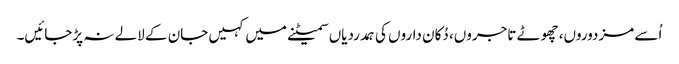
اُسے مزدوروں، چھوٹے تاجروں، دُکان داروں کی ہمدردیاں سمیٹنے میں کہیں جان کے لالے نہ پڑجائیں۔